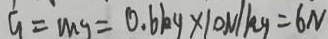
G = m g = 0 . 6 k g \times 1 0 N / k g = 6 N